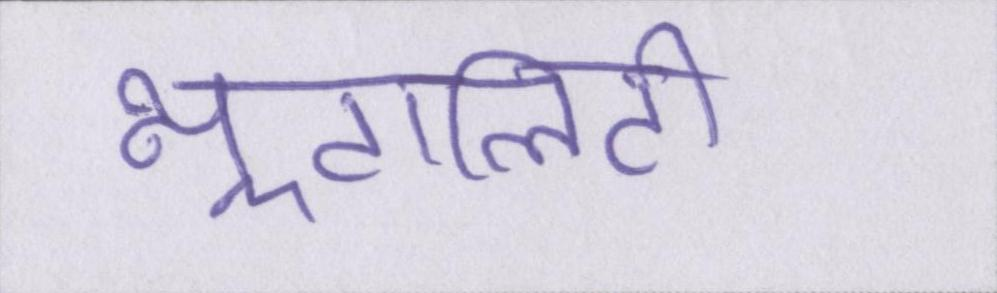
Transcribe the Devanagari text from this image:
न्यूट्रालिटी